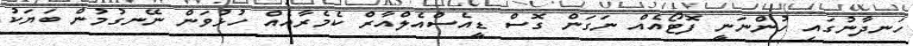
ހަނދާނުގައި ހުންނަނީ ފޮޓޯއެއް ނަގަން ގޮސް ޑީއެސްއެލްއާރް ކެމެރާއެއް ހުޅުވަން ނޭނގުމުން ބަޔަކު